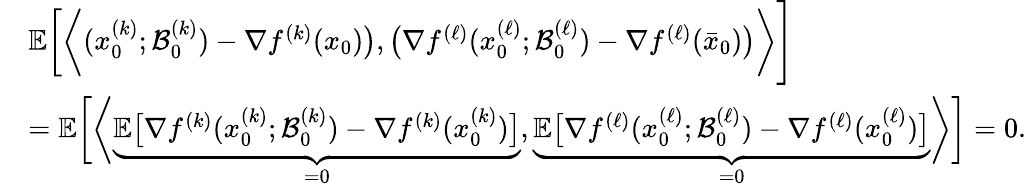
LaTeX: \begin{array}{rl}&{\mathbb{E}\bigg[\bigg\langle({x}_{0}^{(k)};\mathcal{B}_{0}^{(k)})-\nabla f^{(k)}(x_{0})\big),\big(\nabla f^{(\ell)}(x_{0}^{(\ell)};\mathcal{B}_{0}^{(\ell)})-\nabla f^{(\ell)}(\bar{x}_{0})\big)\bigg\rangle\Bigg]}\\ &{=\mathbb{E}\bigg[\bigg\langle\underbrace{\mathbb{E}\big[\nabla f^{(k)}({x}_{0}^{(k)};\mathcal{B}_{0}^{(k)})-\nabla f^{(k)}({x}_{0}^{(k)})\big]}_{=0},\underbrace{\mathbb{E}\big[\nabla f^{(\ell)}({x}_{0}^{(\ell)};\mathcal{B}_{0}^{(\ell)})-\nabla f^{(\ell)}(x_{0}^{(\ell)})\big]}_{=0}\bigg\rangle\bigg]=0.}\end{array}